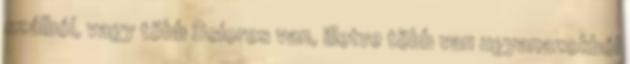
szálból, vagy több Dolores van, illetve több van ugyanazokból